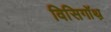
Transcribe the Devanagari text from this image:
विसिगॉथ़